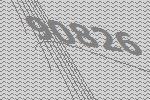
90826